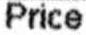
PRICE